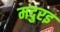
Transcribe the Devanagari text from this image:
मदुरइ